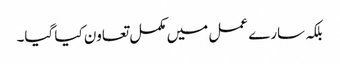
بلکہ سارے عمل میں مکمل تعاون کیا گیا۔